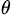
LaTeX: ^{\theta}